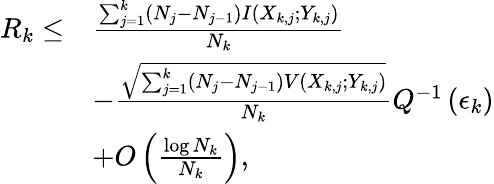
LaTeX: \begin{array}{rl}{R_{k}\leq}&{\frac{\sum_{j=1}^{k}(N_{j}-N_{j-1})I(X_{k,j};Y_{k,j})}{N_{k}}}\\ &{-\frac{\sqrt{\sum_{j=1}^{k}(N_{j}-N_{j-1})V(X_{k,j};Y_{k,j})}}{N_{k}}Q^{-1}\left(\epsilon_{k}\right)}\\ &{+O\left(\frac{\log N_{k}}{N_{k}}\right),}\end{array}